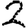
Digit: 2